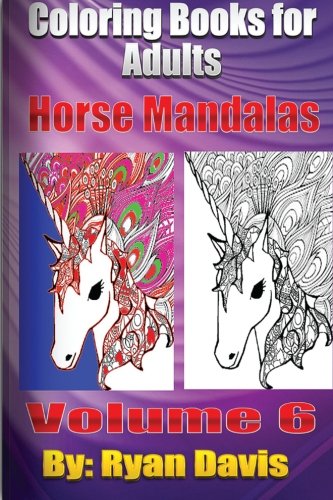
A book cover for Coloring Books For Adults - Horse Mandalas (Animals & Mandalas ); Ryan Davis; Comics & Graphic Novels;